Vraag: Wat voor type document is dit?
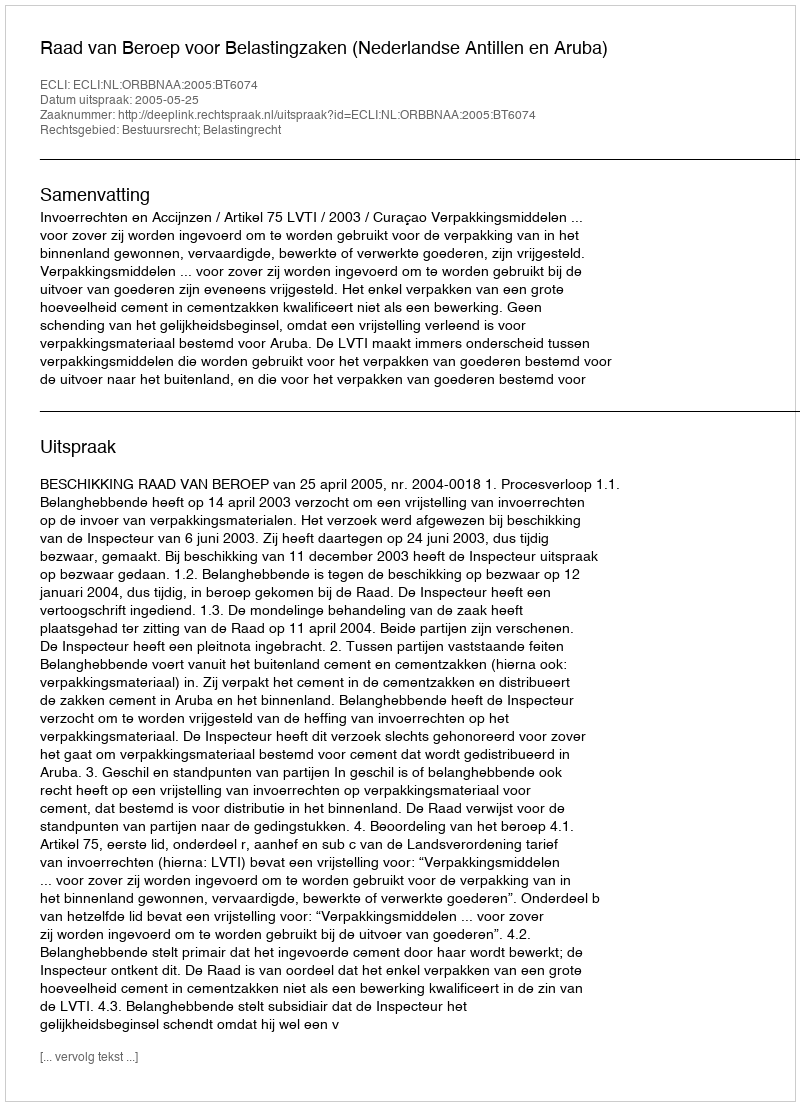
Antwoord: Uitspraak